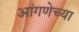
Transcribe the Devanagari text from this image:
आंगणेच्या